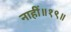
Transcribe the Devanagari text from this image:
नाहीं॥१९॥